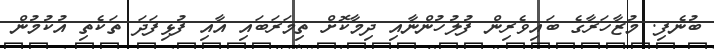
ބުނެފި. މުޒާހަރާގެ ބައިވެރިން ފުލުހުންނާއި ދިމާކޮށް ތިމަރަބައި އާއި ފުޅިފަދަ ތަކެތި އުކުމުން